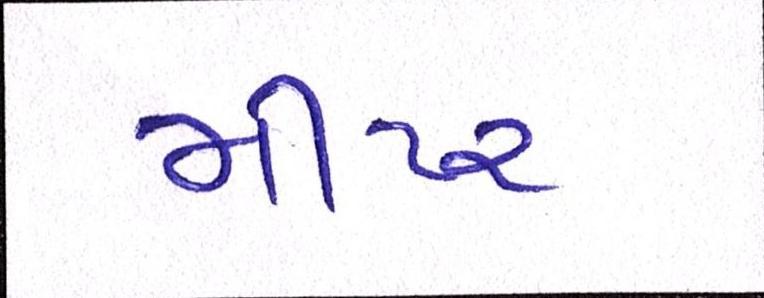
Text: મીટર